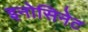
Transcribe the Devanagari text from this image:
इनोसिनेट